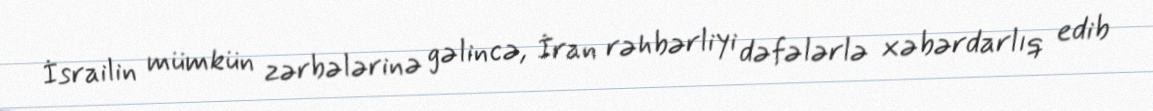
İsrailin mümkün zərbələrinə gəlincə, İran rəhbərliyi dəfələrlə xəbərdarlıq edib